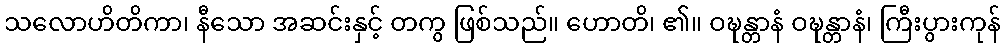
သလောဟိတိကာ၊ နီသော အဆင်းနှင့် တကွ ဖြစ်သည်။ ဟောတိ၊ ၏။ ဝဍ္ဎန္တာနံ ဝဍ္ဎန္တာနံ၊ ကြီးပွားကုန်